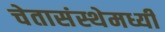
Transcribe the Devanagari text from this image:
चेतासंस्थेमध्यी